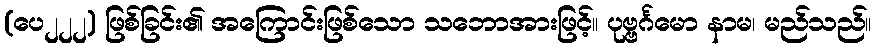
(ပေ၂၂၂) ဖြစ်ခြင်း၏ အကြောင်းဖြစ်သော သဘောအားဖြင့်။ ပုဗ္ဗင်္ဂမော နာမ၊ မည်သည်။